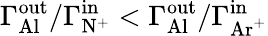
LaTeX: \Gamma_{\mathrm{Al}}^{\mathrm{out}}/\Gamma_{\mathrm{N^{+}}}^{\mathrm{in}}<\Gamma_{\mathrm{Al}}^{\mathrm{out}}/\Gamma_{\mathrm{Ar^{+}}}^{\mathrm{in}}